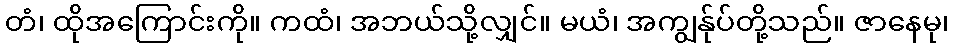
တံ၊ ထိုအကြောင်းကို။ ကထံ၊ အဘယ်သို့လျှင်။ မယံ၊ အကျွန်ုပ်တို့သည်။ ဇာနေမု၊